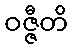
ဝဇ္ဇီတိ